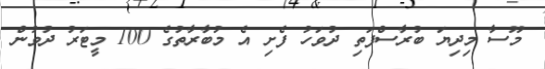
މޫސާ މިދިޔަ ބުރާސްފަތި ދުވަހު ފެށި އެ މުބާރާތުގެ 100 މީޓަރު ދުވުން